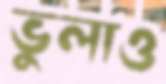
ভুলাও